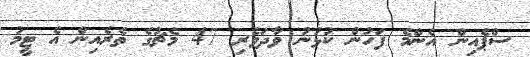
ސްޕެއިން އެންމެ ފަހުން ކުޅުނު ވާދަވެރި 47 މެޗުގެ ތެރެއިން އެ ޓީމު